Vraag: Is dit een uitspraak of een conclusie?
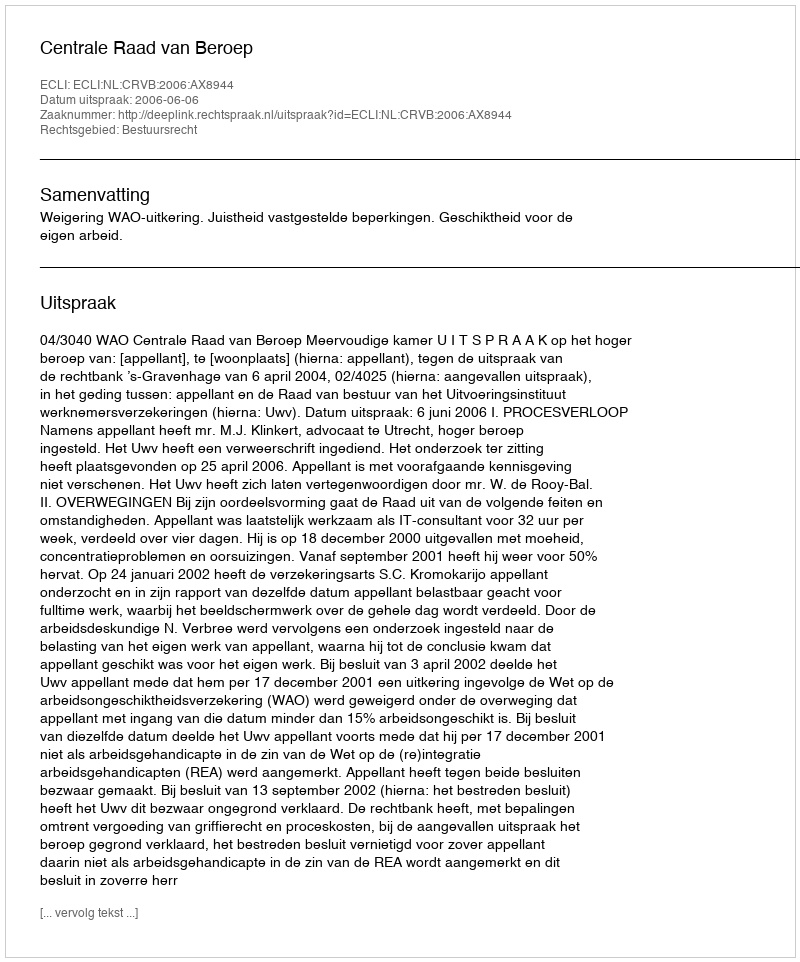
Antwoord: Uitspraak